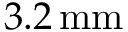
3 . 2 \, \mathrm { m m }